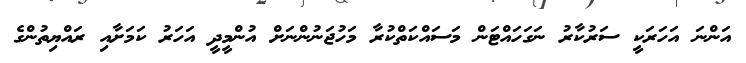
އަންނަ އަހަރަކީ ސަރުކާރު ނަގަހައްޓަން މަސައްކަތްކުރާ މަހުޖަނުންނަށް އުންމީދީ އަހަރު ކަމަށާއި ރައްޔިތުންގެ